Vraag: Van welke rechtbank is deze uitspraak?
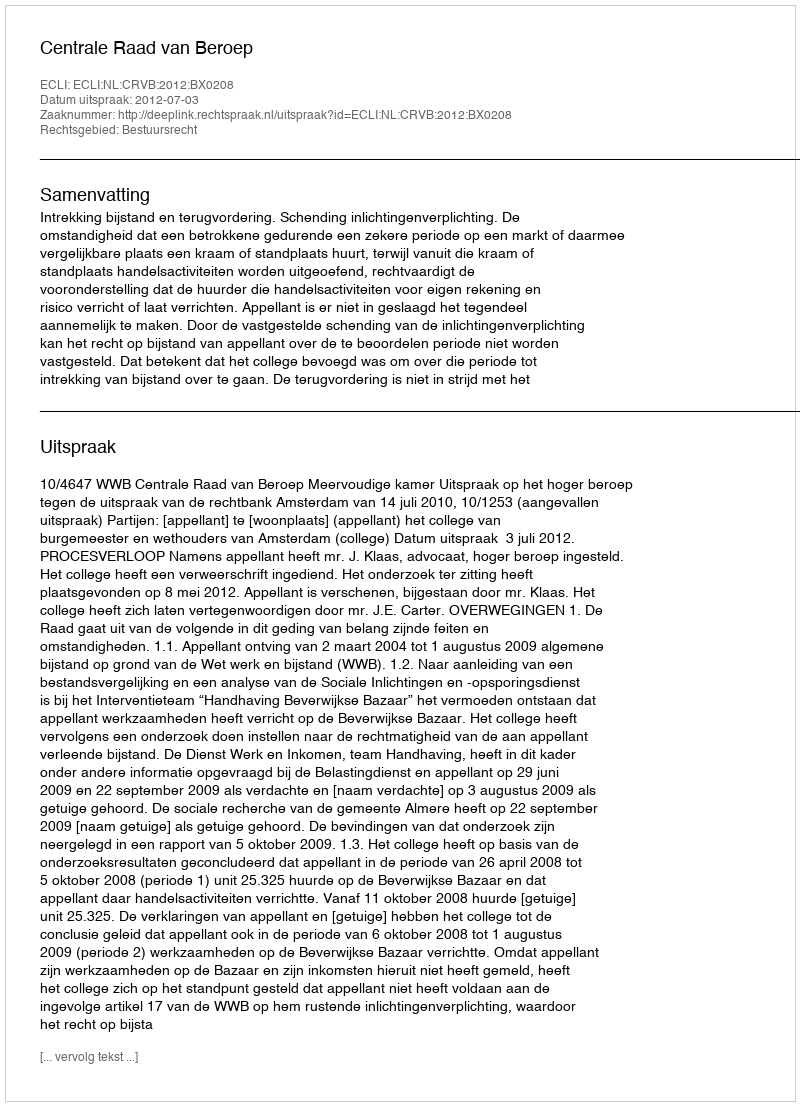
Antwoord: Centrale Raad van Beroep